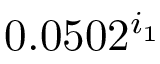
0 . 0 5 0 2 ^ { i _ { 1 } }